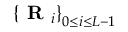
\left\{ \textbf { R } _ { i } \right\} _ { 0 \leq i \leq L - 1 }